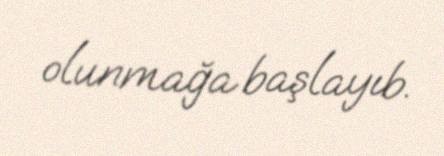
olunmağa başlayıb.